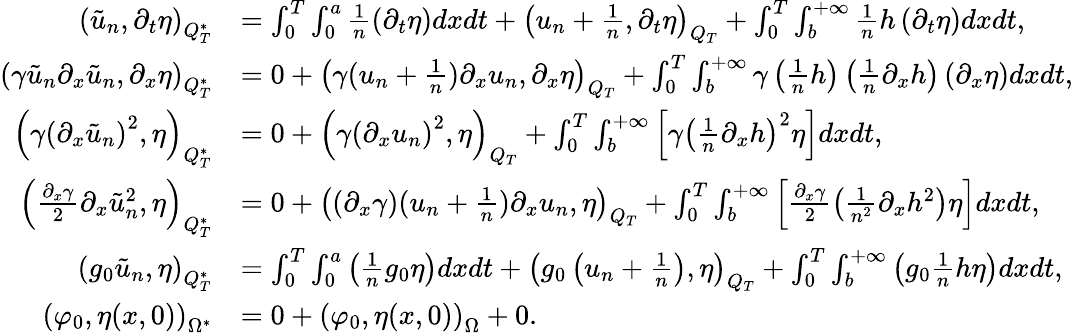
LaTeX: \begin{array}{rl}{\left(\tilde{u}_{n},\partial_{t}\eta\right)_{Q_{T}^{*}}}&{=\int_{0}^{T}\int_{0}^{a}\frac{1}{n}\left(\partial_{t}\eta\right)dxdt+\left(u_{n}+\frac{1}{n},\partial_{t}\eta\right)_{Q_{T}}+\int_{0}^{T}\int_{b}^{+\infty}\frac{1}{n}h\left(\partial_{t}\eta\right)dxdt,}\\ {\left(\gamma\tilde{u}_{n}\partial_{x}\tilde{u}_{n},\partial_{x}\eta\right)_{Q_{T}^{*}}}&{=0+\left(\gamma(u_{n}+\frac{1}{n})\partial_{x}u_{n},\partial_{x}\eta\right)_{Q_{T}}+\int_{0}^{T}\int_{b}^{+\infty}\gamma\left(\frac{1}{n}h\right)\left(\frac{1}{n}\partial_{x}h\right)\left(\partial_{x}\eta\right)dxdt,}\\ {\left(\gamma\left(\partial_{x}\tilde{u}_{n}\right)^{2},\eta\right)_{Q_{T}^{*}}}&{=0+\left(\gamma\left(\partial_{x}u_{n}\right)^{2},\eta\right)_{Q_{T}}+\int_{0}^{T}\int_{b}^{+\infty}\left[\gamma\left(\frac{1}{n}\partial_{x}h\right)^{2}\eta\right]dxdt,}\\ {\left(\frac{\partial_{x}\gamma}{2}\partial_{x}\tilde{u}_{n}^{2},\eta\right)_{Q_{T}^{*}}}&{=0+\left(\left(\partial_{x}\gamma\right)(u_{n}+\frac{1}{n})\partial_{x}u_{n},\eta\right)_{Q_{T}}+\int_{0}^{T}\int_{b}^{+\infty}\left[\frac{\partial_{x}\gamma}{2}\left(\frac{1}{n^{2}}\partial_{x}h^{2}\right)\eta\right]dxdt,}\\ {\left(g_{0}\tilde{u}_{n},\eta\right)_{Q_{T}^{*}}}&{=\int_{0}^{T}\int_{0}^{a}\left(\frac{1}{n}g_{0}\eta\right)dxdt+\left(g_{0}\left(u_{n}+\frac{1}{n}\right),\eta\right)_{Q_{T}}+\int_{0}^{T}\int_{b}^{+\infty}\left(g_{0}\frac{1}{n}h\eta\right)dxdt,}\\ {\left(\varphi_{0},\eta(x,0)\right)_{\Omega^{*}}}&{=0+\left(\varphi_{0},\eta(x,0)\right)_{\Omega}+0.}\end{array}